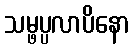
သမ္ဖပ္ပလာပိနော